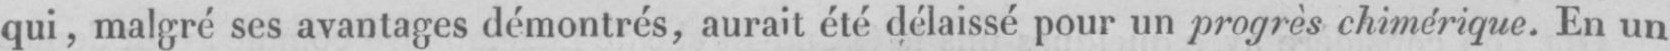
qui, malgré ses avantages démontrés, aurait été délaissé pour un progrès chimérique En un